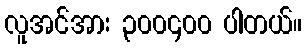
လူအင်အား ၃၀၀၄၀၀ ပါတယ်။